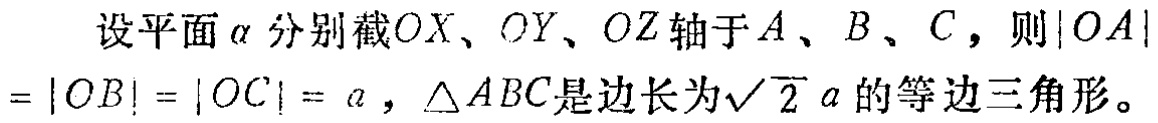
设平面\(\alpha\)分别截\(OX\)、\(OY\)、\(OZ\)轴于\(A\)、\(B\)、\(C\)，则\(\vert OA\vert=\vert OB\vert=\vert OC\vert = a\)，\(\triangle ABC\)是边长为\(\sqrt{2}a\)的等边三角形。